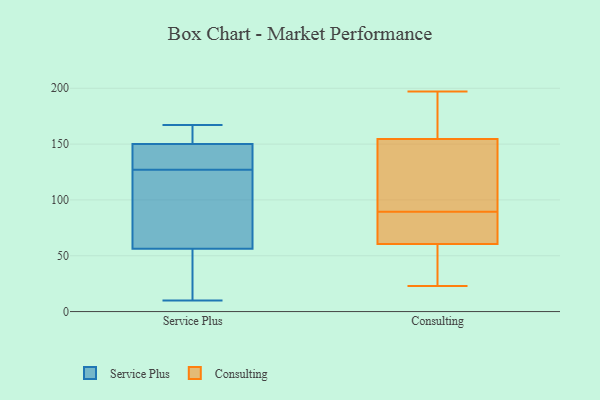
{"axis": {"x": "Page Views", "y": "Value"}, "legend": ["Consulting", "Service Plus"], "data": [{"x": "", "y": 155, "type": "Service Plus"}, {"x": "", "y": 49, "type": "Service Plus"}, {"x": "", "y": 56, "type": "Service Plus"}, {"x": "", "y": 10, "type": "Service Plus"}, {"x": "", "y": 57, "type": "Service Plus"}, {"x": "", "y": 127, "type": "Service Plus"}, {"x": "", "y": 167, "type": "Service Plus"}, {"x": "", "y": 134, "type": "Service Plus"}, {"x": "", "y": 101, "type": "Service Plus"}, {"x": "", "y": 135, "type": "Service Plus"}, {"x": "", "y": 155, "type": "Service Plus"}, {"x": "", "y": 142, "type": "Consulting"}, {"x": "", "y": 61, "type": "Consulting"}, {"x": "", "y": 101, "type": "Consulting"}, {"x": "", "y": 70, "type": "Consulting"}, {"x": "", "y": 78, "type": "Consulting"}, {"x": "", "y": 58, "type": "Consulting"}, {"x": "", "y": 192, "type": "Consulting"}, {"x": "", "y": 197, "type": "Consulting"}, {"x": "", "y": 23, "type": "Consulting"}, {"x": "", "y": 60, "type": "Consulting"}, {"x": "", "y": 167, "type": "Consulting"}, {"x": "", "y": 126, "type": "Consulting"}]}